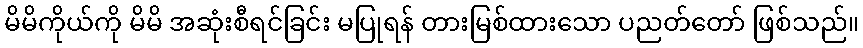
မိမိကိုယ်ကို မိမိ အဆုံးစီရင်ခြင်း မပြုရန် တားမြစ်ထားသော ပညတ်တော် ဖြစ်သည်။